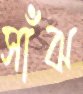
সাঁঝ